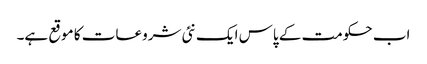
اب حکومت کے پاس ایک نئی شروعات کا موقع ہے۔